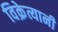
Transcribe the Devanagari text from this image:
विक्रेत्यानी